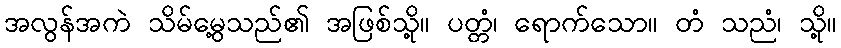
အလွန်အကဲ သိမ်မွေ့သည်၏ အဖြစ်သို့။ ပတ္တံ၊ ရောက်သော။ တံ သညံ၊ သို့။